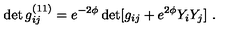
\det g _ { i j } ^ { ( 1 1 ) } = e ^ { - 2 \phi } \det [ g _ { i j } + e ^ { 2 \phi } Y _ { i } Y _ { j } ] \ .